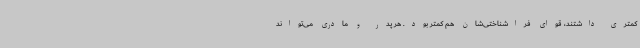
کمتری داشتند، قوای فراشناختی‌شان هم کمتر بود. هر پدر و مادری می‌تواند